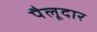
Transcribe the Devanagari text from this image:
पैलूदार